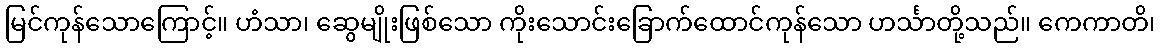
မြင်ကုန်သောကြောင့်။ ဟံသာ၊ ဆွေမျိုးဖြစ်သော ကိုးသောင်းခြောက်ထောင်ကုန်သော ဟင်္သာတို့သည်။ ကေကာတိ၊